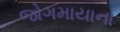
જોગમાયાના